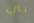
بي